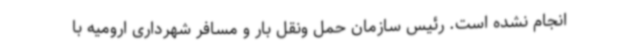
انجام نشده است. رئیس سازمان حمل ونقل بار و مسافر شهرداری ارومیه با